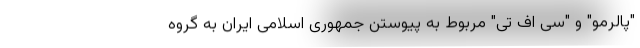
"پالرمو" و "سی اف تی" مربوط به پیوستن جمهوری اسلامی ایران به گروه